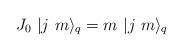
LaTeX: \begin{align*}J_{0}\ |j\ m\rangle _{q}=m\ |j\ m\rangle _{q}\end{align*}